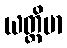
ယတ္ထိမာ